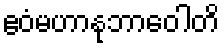
ဧဝံမဟာနုဘာဝေါတိ